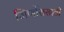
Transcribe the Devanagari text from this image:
जिर्णोरासाठी